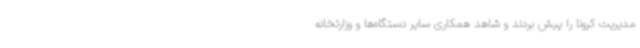
مدیریت کرونا را پیش بردند و شاهد همکاری سایر دستگاه‌ها و وزارتخانه